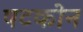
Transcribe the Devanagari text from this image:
षटकोन